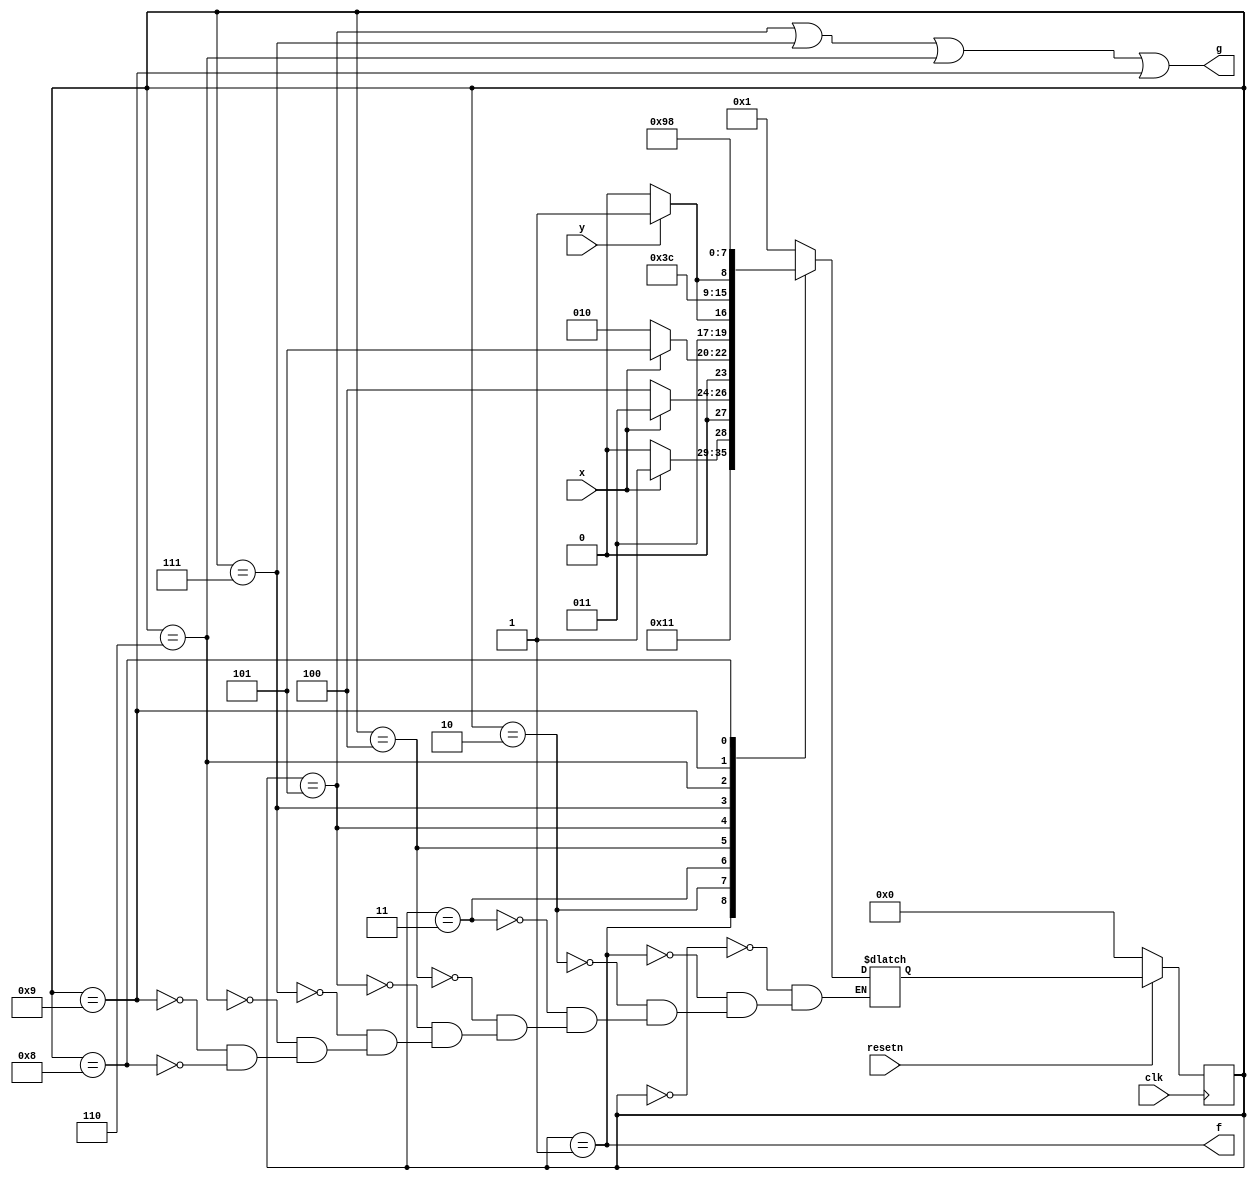
module top_module (
    input clk,
    input resetn,    // active-low synchronous reset
    input x,
    input y,
    output f,
    output g
); 
    
    parameter IDLE = 0 , F0 = 1 , F1 = 2 ;
    parameter X0   = 3 , X1 = 4 , X2 = 5 ;
    parameter Y0   = 6 , Y1 = 7 ;
    parameter Y00  = 8 , Y01= 9 ;
    
    reg[3:0] cstate , nstate ;
    
    always @(posedge clk) begin
        if(!resetn) begin
            cstate <= IDLE ;
        end
        else begin
            cstate <= nstate ;
        end
    end
    
    always @(*) begin
        case(cstate)
            IDLE : nstate = F0 ;
            F0   : nstate = F1 ;
            F1   : nstate = x ? X0 : F1 ;
            X0   : nstate = x ? X0 : X1 ;
            X1   : nstate = x ? X2 : F1 ;
            X2   : nstate = y ? Y1 : Y0 ;
            Y1   : nstate = Y1 ;
            Y0   : nstate = y ? Y01 : Y00 ;
            Y01  : nstate = Y01 ;
            Y00  : nstate = Y00 ;
        endcase
    end
    
    assign f = (cstate == F0) ;
    assign g = (cstate == X2 || cstate == Y1 || cstate == Y0 || cstate == Y01) ;
    

endmodule